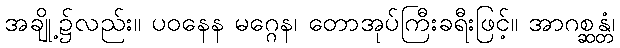
အချို့၌လည်း။ ပဝနေန မဂ္ဂေန၊ တောအုပ်ကြီးခရီးဖြင့်။ အာဂစ္ဆန္တံ၊